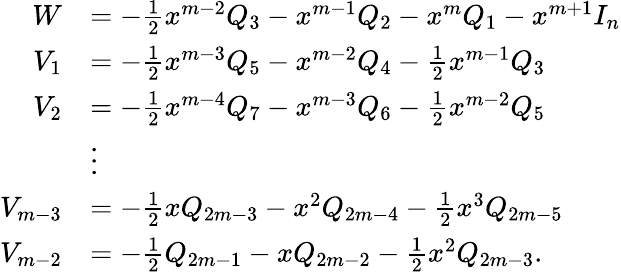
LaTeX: \begin{array}{rl}{W}&{=-\frac{1}{2}x^{m-2}Q_{3}-x^{m-1}Q_{2}-x^{m}Q_{1}-x^{m+1}I_{n}}\\ {V_{1}}&{=-\frac{1}{2}x^{m-3}Q_{5}-x^{m-2}Q_{4}-\frac{1}{2}x^{m-1}Q_{3}}\\ {V_{2}}&{=-\frac{1}{2}x^{m-4}Q_{7}-x^{m-3}Q_{6}-\frac{1}{2}x^{m-2}Q_{5}}\\ &{\vdots}\\ {V_{m-3}}&{=-\frac{1}{2}xQ_{2m-3}-x^{2}Q_{2m-4}-\frac{1}{2}x^{3}Q_{2m-5}}\\ {V_{m-2}}&{=-\frac{1}{2}Q_{2m-1}-xQ_{2m-2}-\frac{1}{2}x^{2}Q_{2m-3}.}\end{array}